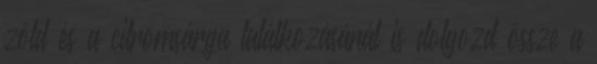
zöld és a citromsárga találkozásánál is dolgozd össze a